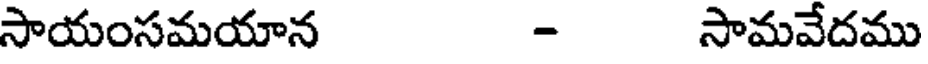
సాయంసమయాన - సామవేదము